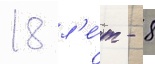
18 л'е́т - 8